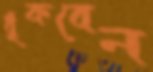
ধুঁকবেন